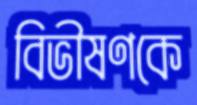
বিভীষণকে